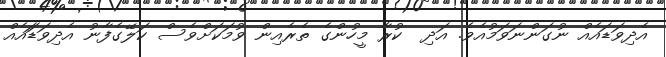
އެދިވަޑައެއް ނުގަންނަވަމުއެވެ. އަދި  ކުރާ މީހުންގެ ތެރެއިން ވުމަކަށްވެސް ކަލޭގެފާނު އެދިވަޑަައެއް